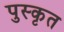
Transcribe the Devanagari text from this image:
पुस्कृत